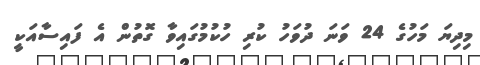
މިދިޔަ މަހުގެ 24 ވަނަ ދުވަހު ކުރި ހުކުމުގައިވާ ގޮތުން އެ ފައިސާއަކީ